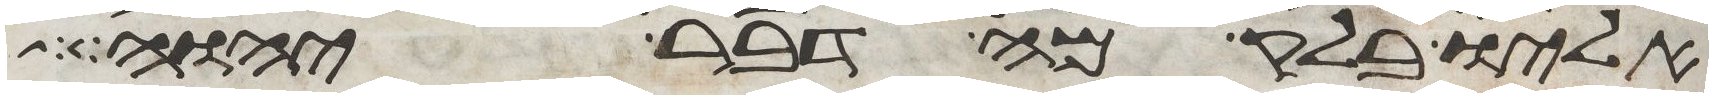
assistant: אליו בלק מה דבר יהוה